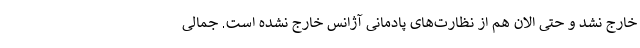
خارج نشد و حتی الان هم از نظارت‌های پادمانی آژانس خارج نشده است. جمالی